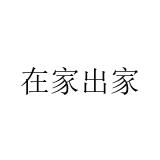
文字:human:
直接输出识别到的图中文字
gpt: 在家出家